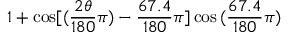
1 + \cos [ { ( \frac { 2 \theta } { 1 8 0 } \pi ) - \frac { 6 7 . 4 } { 1 8 0 } \pi } ] \cos { ( \frac { 6 7 . 4 } { 1 8 0 } \pi ) }